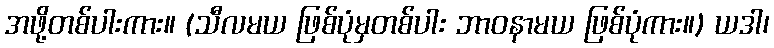
အဖို့တစ်ပါးကား။ (သီလမယ ဖြစ်ပုံမှတစ်ပါး ဘာဝနာမယ ဖြစ်ပုံကား။) ယဒါ၊